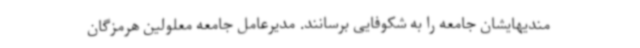
مندیهایشان جامعه را به شکوفایی برسانند. مدیرعامل جامعه معلولین هرمزگان